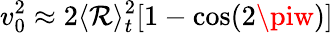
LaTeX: v_{0}^{2}\approx2\langle\mathcal{R}\rangle_{t}^{2}[1-\cos(2\piw)]